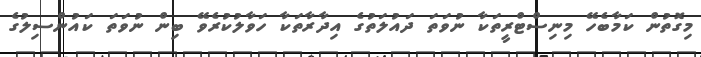
މިގޮތުން ކަމާބެހޭ މިނިސްޓްރީތަކާ ނުވަތަ ދައުލަތުގެ އިދާރާތަކާ ހަވާލުކުރެވޭ ބިން ނުވަތަ ކައުންސިލުގެ